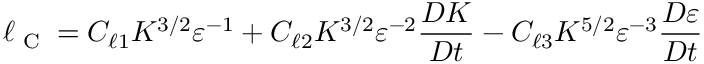
\ell _ { \textrm { C } } = C _ { \ell 1 } K ^ { 3 / 2 } \varepsilon ^ { - 1 } + C _ { \ell 2 } K ^ { 3 / 2 } \varepsilon ^ { - 2 } \frac { D K } { D t } - C _ { \ell 3 } K ^ { 5 / 2 } \varepsilon ^ { - 3 } \frac { D \varepsilon } { D t }